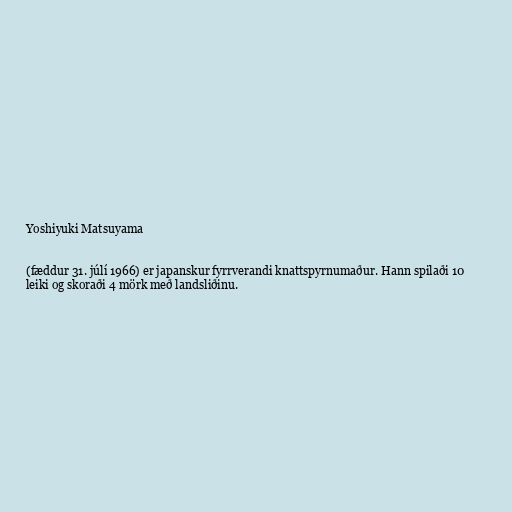
Yoshiyuki Matsuyama

(fæddur 31. júlí 1966) er japanskur fyrrverandi knattspyrnumaður. Hann spilaði 10
leiki og skoraði 4 mörk með landsliðinu.